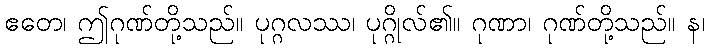
ဧတေ၊ ဤဂုဏ်တို့သည်။ ပုဂ္ဂလဿ၊ ပုဂ္ဂိုလ်၏။ ဂုဏာ၊ ဂုဏ်တို့သည်။ န၊